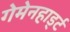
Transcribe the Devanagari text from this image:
गेमेनहार्ड्ट